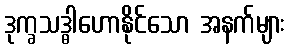
ဒုက္ခသဒ္ဓါဟောနိုင်သော အနက်များ